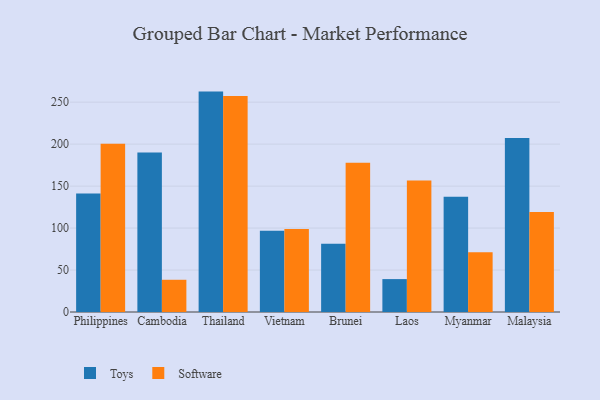
{"axis": {"x": "Country", "y": "Conversion Rate (%)"}, "legend": ["Software", "Toys"], "data": [{"x": "Philippines", "y": 141.3, "type": "Toys"}, {"x": "Philippines", "y": 200.4, "type": "Software"}, {"x": "Cambodia", "y": 189.9, "type": "Toys"}, {"x": "Cambodia", "y": 38.4, "type": "Software"}, {"x": "Thailand", "y": 262.6, "type": "Toys"}, {"x": "Thailand", "y": 257.3, "type": "Software"}, {"x": "Vietnam", "y": 96.9, "type": "Toys"}, {"x": "Vietnam", "y": 99.0, "type": "Software"}, {"x": "Brunei", "y": 81.2, "type": "Toys"}, {"x": "Brunei", "y": 177.7, "type": "Software"}, {"x": "Laos", "y": 39.2, "type": "Toys"}, {"x": "Laos", "y": 156.6, "type": "Software"}, {"x": "Myanmar", "y": 137.3, "type": "Toys"}, {"x": "Myanmar", "y": 71.3, "type": "Software"}, {"x": "Malaysia", "y": 207.2, "type": "Toys"}, {"x": "Malaysia", "y": 119.2, "type": "Software"}]}